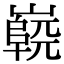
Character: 𡽷